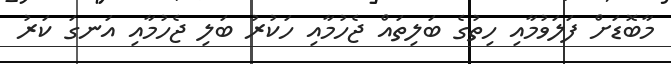
މާބޮޑަށް ފަލަވުމާއި ހިތުގެ ބަލިތައް ޖެހުމާއި ހަކުރު ބަލި ޖެހުމާއި އަނގަ ކަރު